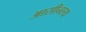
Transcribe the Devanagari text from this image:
आसीनस्य